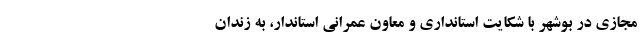
مجازی در بوشهر با شکایت استانداری و معاون عمرانی استاندار، به زندان